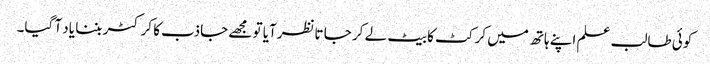
کوئی طالب علم اپنے ہاتھ میں کرکٹ کا بیٹ لے کر جا تانظرآیا تو مجھے جاذب کا کرکٹر بننا یاد آ گیا۔